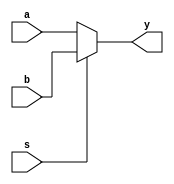
`timescale 1ns / 1ps
//////////////////////////////////////////////////////////////////////////////////
// Company: 
// Engineer: 
// 
// Design Name: 
// Module Name:    chooser 
// Project Name: 
// Target Devices: 
// Tool versions: 
// Description: 
//
// Dependencies: 
//
// Revision: 
// Revision 0.01 - File Created
// Additional Comments: 
//
//////////////////////////////////////////////////////////////////////////////////
module chooser(input wire[3:0] a,input wire[3:0] b,input wire s,output reg[3:0] y);
	always @ (a or b or s)
		if(s==0)
			y<=a;
		else
			y<=b;
endmodule